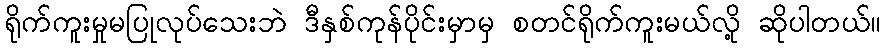
ရိုက်ကူးမှုမပြုလုပ်သေးဘဲ ဒီနှစ်ကုန်ပိုင်းမှာမှ စတင်ရိုက်ကူးမယ်လို့ ဆိုပါတယ်။